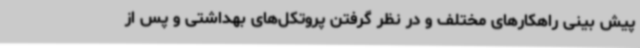
پیش بینی راهکارهای مختلف و در نظر گرفتن پروتکل‌های بهداشتی و پس از